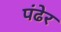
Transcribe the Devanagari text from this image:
पंढेर